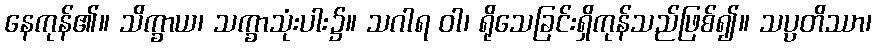
နေကုန်၏။ သိက္ခာယ၊ သက္ခာသုံးပါး၌။ သဂါရ ဝါ၊ ရိုသေခြင်းရှိကုန်သည်ဖြစ်၍။ သပ္ပတိဿာ၊